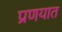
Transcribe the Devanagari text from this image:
प्रणयात